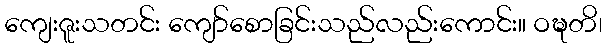
ကျေးဇူးသတင်း ကျော်စောခြင်းသည်လည်းကောင်း။ ဝဍ္ဎတိ၊